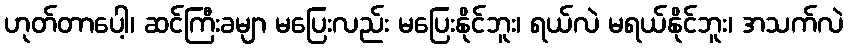
ဟုတ်တာပေါ့၊ ဆင်ကြီးခမျာ မပြေးလည်း မပြေးနိုင်ဘူး၊ ရယ်လဲ မရယ်နိုင်ဘူး၊ အသက်လဲ